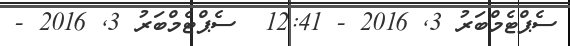
ސެޕްޓެމްބަރު 3